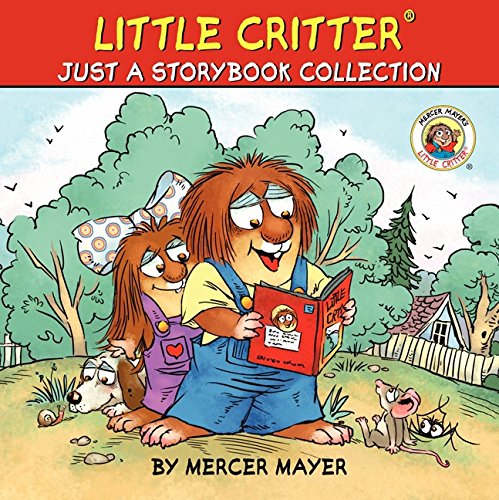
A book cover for Little Critter Just a Storybook Collection; Mercer Mayer; Science & Math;